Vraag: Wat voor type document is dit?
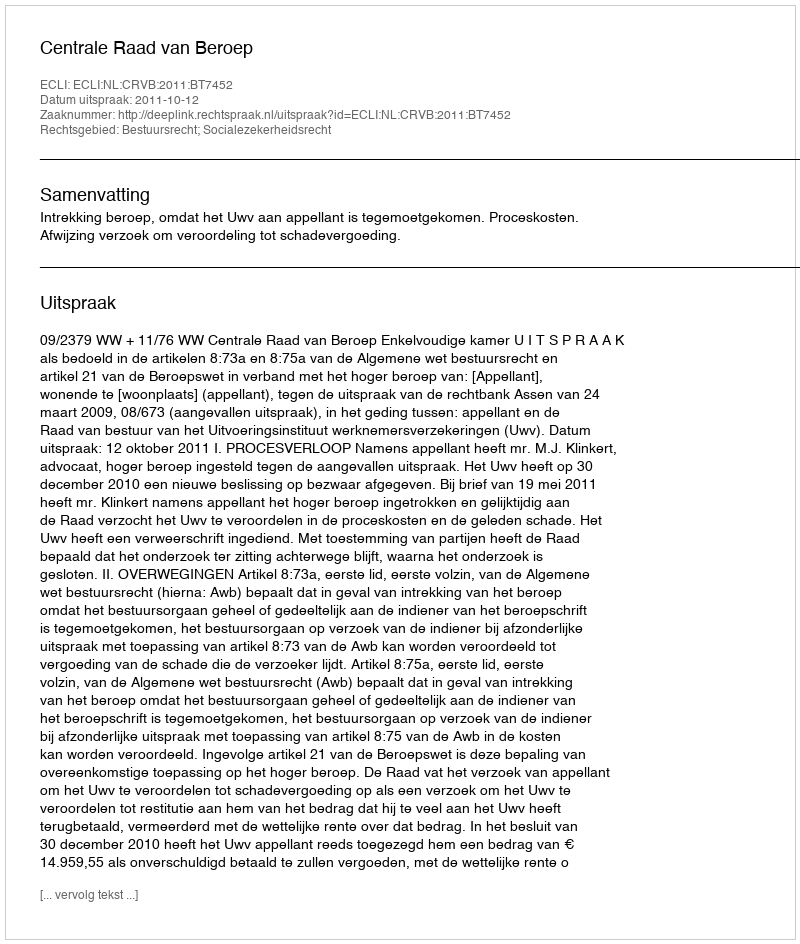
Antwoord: Uitspraak